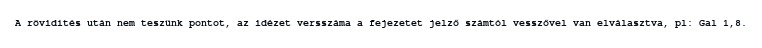
A rövidítés után nem teszünk pontot, az idézet versszáma a fejezetet jelző számtól vesszővel van elválasztva, pl: Gal 1,8.